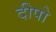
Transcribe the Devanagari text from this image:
दीपो